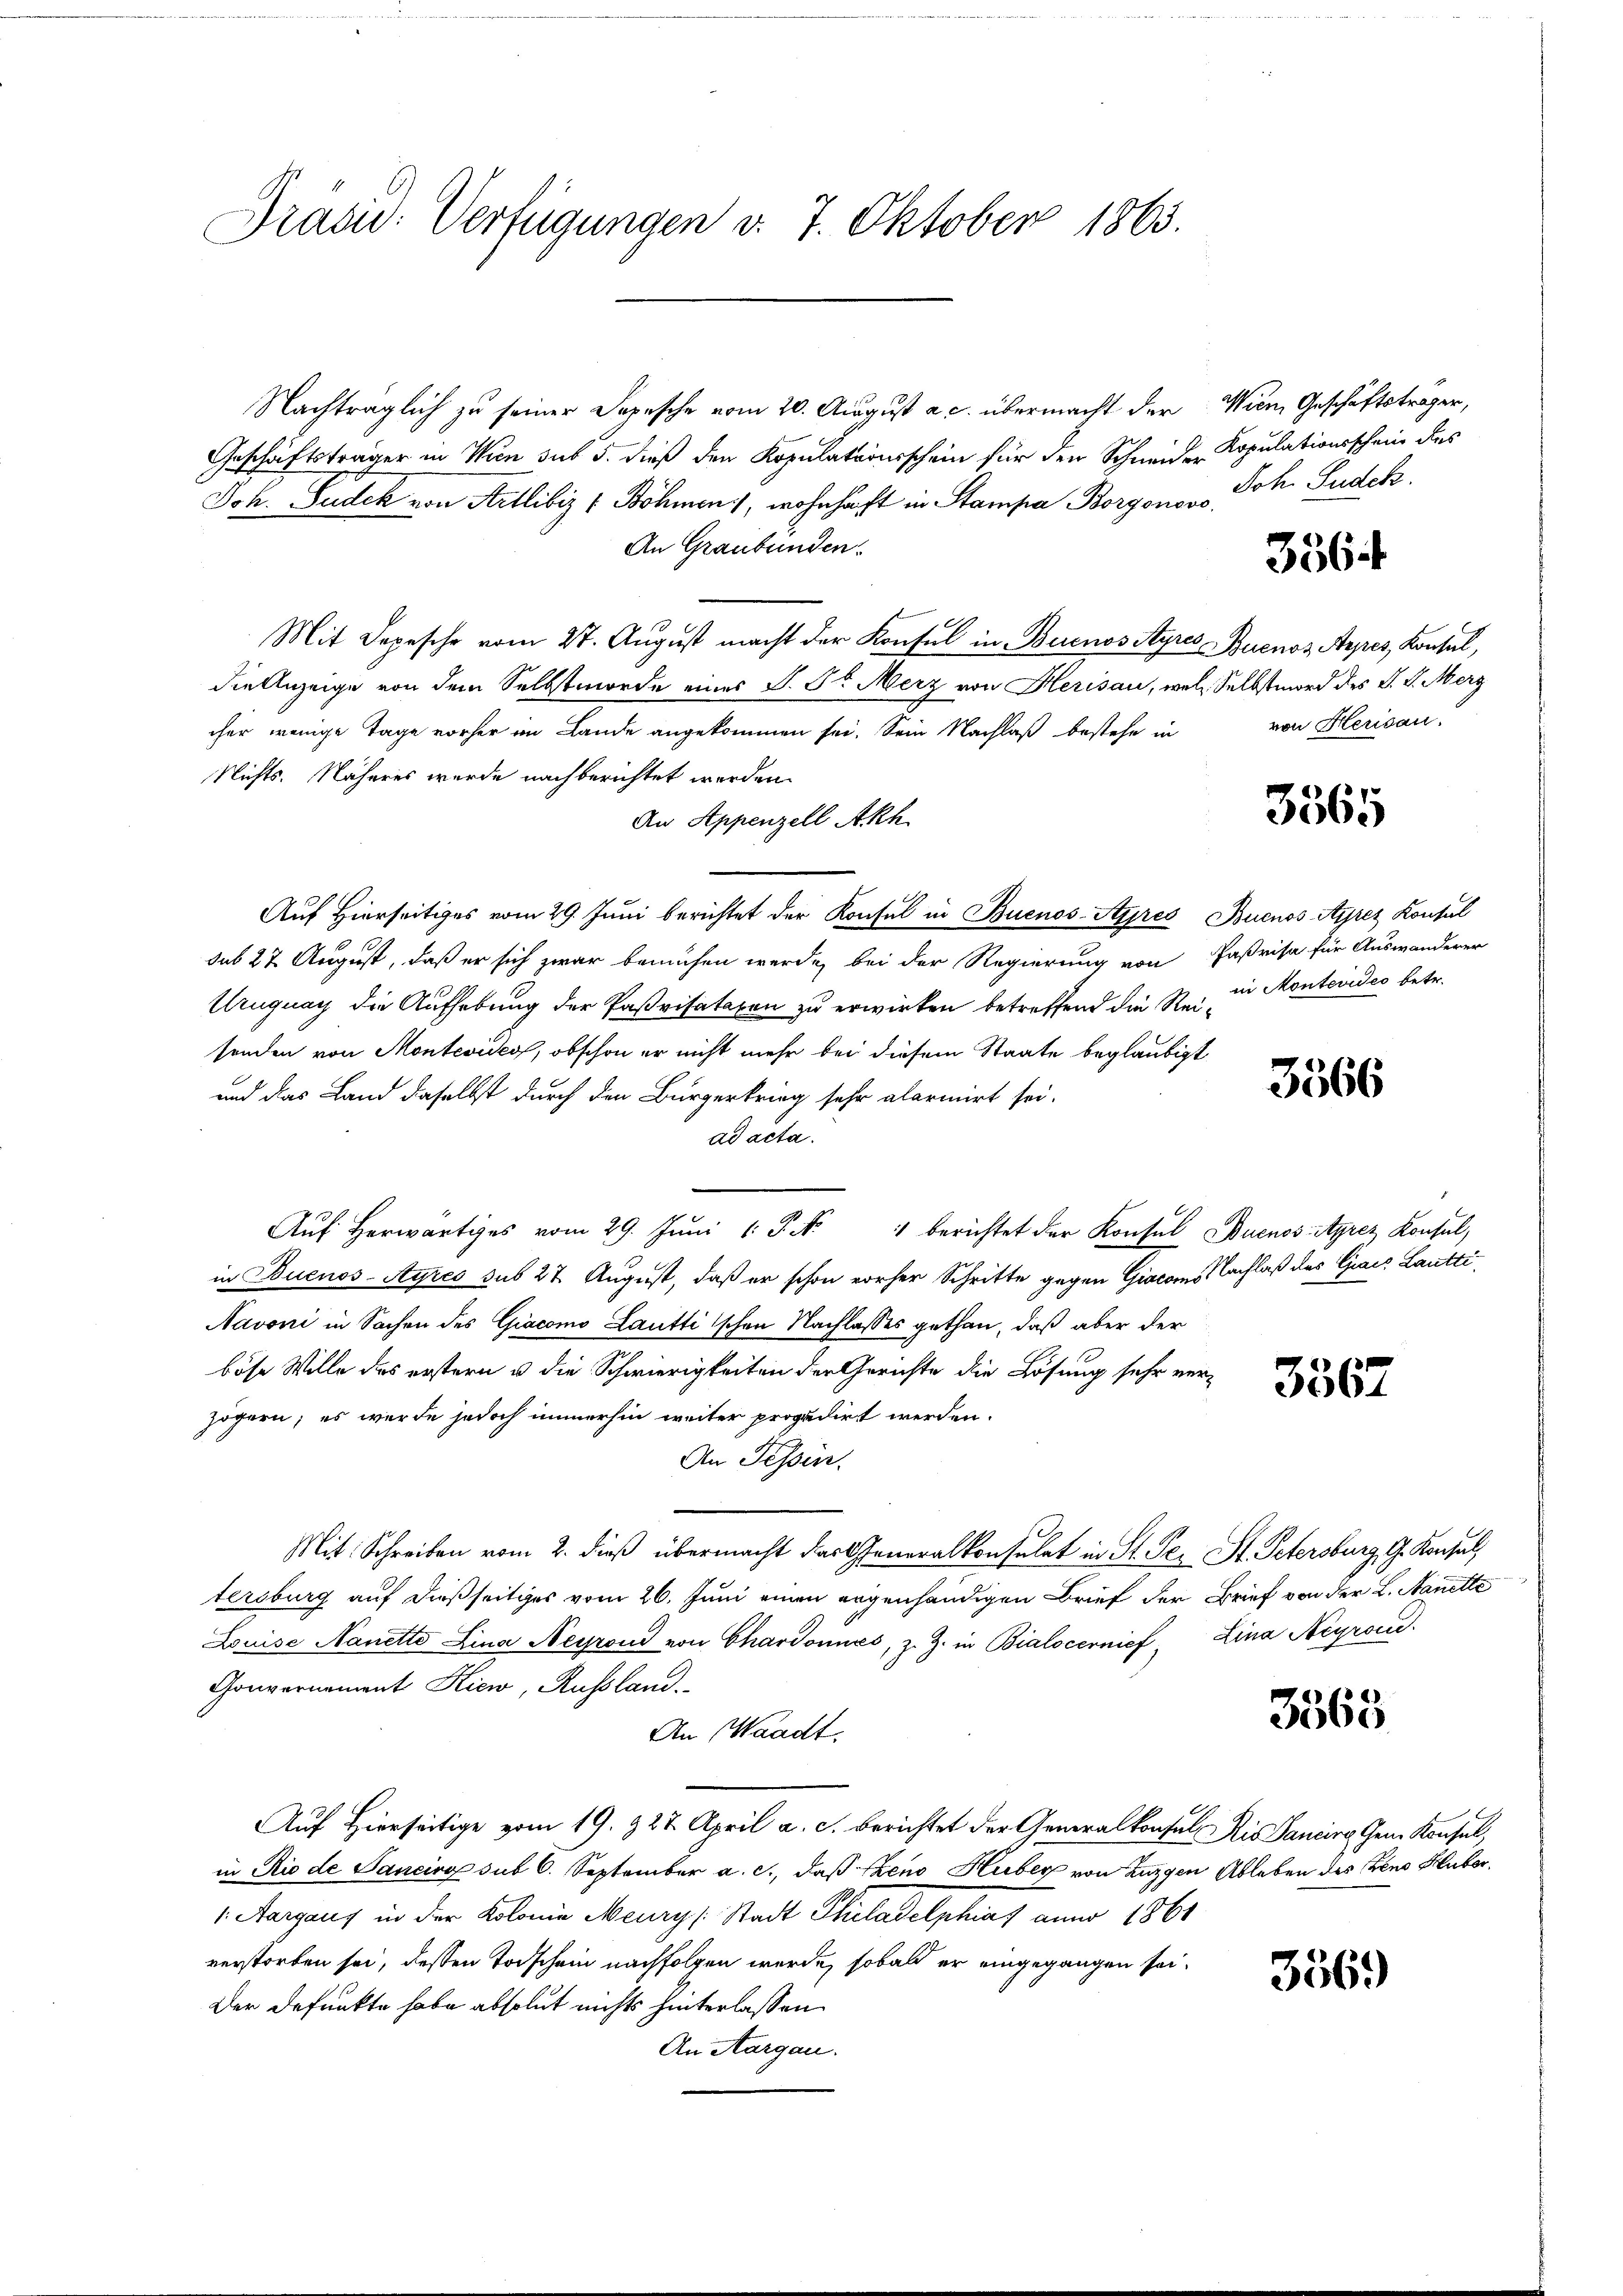
Präsid. Verfügungen v. 7. Oktober 1865.

Nachträglich zu seiner Depesche vom 20. August a. c. übermacht der Wien Geschäftsträger,
Geschäftsträger in Wien sub 5. dieß den Kopulationsschein für den Schneider
Joh. Sudek von Arllibiz & Böhmen), wohnhaft in Stampa Borgonovo
An Graubünden.
Mit Depesche vom 27. August macht der Konsul in Buenos Ayres Buenos Aipes Konsul,
die Anzeige von dem Selbstmorde eines S. St. Merz von Herisau, welch Selbstmord des V. P. Merz
cher wenige Tage vorher im Lande angekommen sei. Sein Nachlaß bestehe in
Nichts. Näheres wurde nach berichtet werden
An Appenzell Akh
Auf Hierseitiges vom 29. Juni berichtet der Konsul in Buenos-Ayres Buenos Aypez Konsul
sub 27 August, daß er sich zwar bemühen werde, bei der Regierung von Paßrisa für Auswanderer
Uruguay die Aufhebung der Paßvisataren zu erwirken betreffend die Rei- in Montendes betr.
sonden von Montevico, obschon er nicht mehr bei diesem Staate beglaubigt
und das Land daselbst durch den Bürgerkrieg sehr alarmirt sei.
ad acta.
Aŭf herwärtiges vom 29. Jŭni 1 P. N. 1 berichtet der Konsul Buenos-Ayrez Konsul,
in Buenos-Ayres sub 27 August, daß er schon vorher Schritte gegen Giacoms Nachlaß des Giacs Lautti
Navoni in Sachen des Giacomo Lauttischen Nachlasses gethan, daß aber der
böse Wille des erstern u die Schwierigkeiten der Gerichte die Lösung sehr verzögern; es wurde jedoch immerhin weiter propudirt werden.
An Tessin.
Mit Schreiben vom 2. dieß übermacht das Generalkonsulat in St. Ge- St. Petersburg, G. Konsul,
tersburg auf dießseitiges vom 26. Juni einen ergenhändigen Brief der Brief von der L. Stanelle
Louise Nanette Lina Neyroud von Chardonnées, z. Z. in Bialocernief, Lina Scyroce
Gouvernement Kiew, Russland.
An Waadt,
Auf Hierseitige vom 19. 327. April a. c. berichtet der Generalkonsul Ris Sancire Gem. Konsul,
in Rio de Sancirg sub 6. September a. c., daß Pleno Huber von Zuzgen Ableben des den Huber,
1: Aargaus in der Kolonia Meury (: Stadt Philadelphias anno 1861
verstorben sei, dessen Todschein nachfolgen werde, sobald er eingegangen sei.
Der defunkte habe absolut nichts hinterlassen
An Aargau.

Kopulationsschein des
Joh. Sudek.

3564

von Herisau.

3565

3566

3567

3568

3569